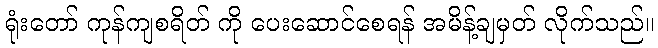
ရုံးတော် ကုန်ကျစရိတ် ကို ပေးဆောင်စေရန် အမိန့်ချမှတ် လိုက်သည်။